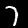
Digit: 7